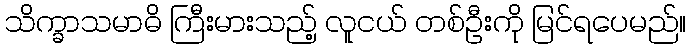
သိက္ခာသမာဓိ ကြီးမားသည့် လူငယ် တစ်ဦးကို မြင်ရပေမည်။